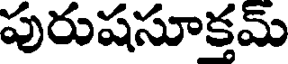
పురుషసూక్తమ్